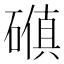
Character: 𪿰